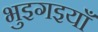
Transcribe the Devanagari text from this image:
भुइगइयाँ